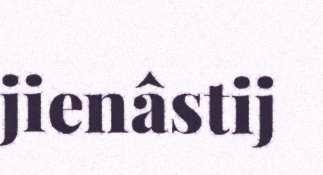
jienâstij